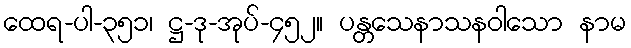
ထေရ-ပါ-၃၅၁၊ ဋ္ဌ-ဒု-အုပ်-၄၅၂။ ပန္တသေနာသနဝါသော နာမ